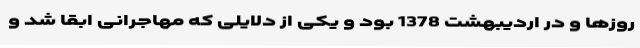
روزها و در اردیبهشت 1378 بود و یکی از دلایلی که مهاجرانی ابقا شد و